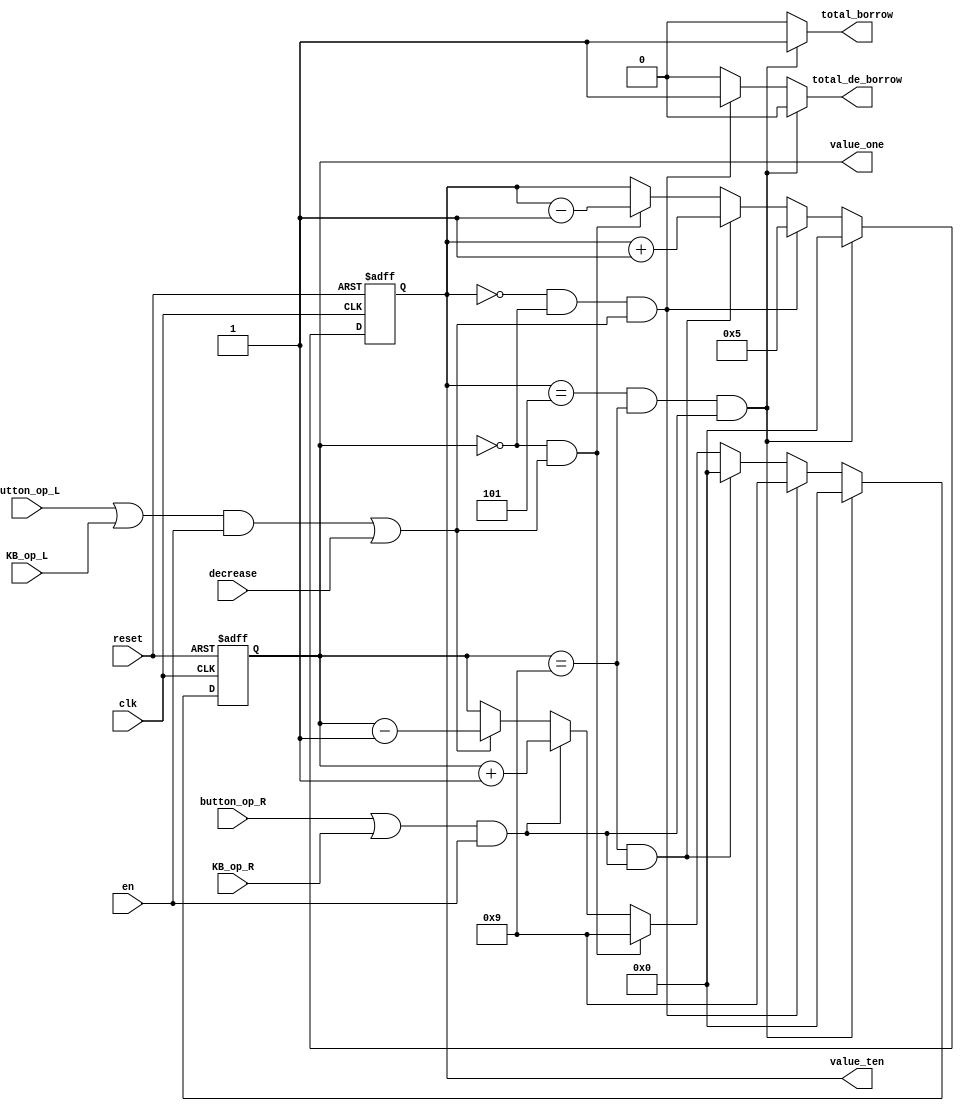
module reserve_min_counter(
    output [3:0] value_ten,
    output [3:0] value_one,
    output total_borrow, // e@[@
    output total_de_borrow, // e@@
    input en,
    input clk,
    input reset,
    input button_op_L,
    input button_op_R,
    input KB_op_L,
    input KB_op_R,
    input decrease
    );
    
// NLTPsTX        
wire add, sub;
assign add = (button_op_R | KB_op_R) & en;     // n en ~i
assign sub = ((button_op_L | KB_op_L) & en) | decrease;     // n en ~iAάObD stop ɭ decrease
    
reg [3:0] value_ten, value_ten_tmp;
reg [3:0] value_one, value_one_tmp;
reg total_borrow, total_de_borrow;

    always @(value_ten or value_one or add or sub)
    begin
        if (value_ten == 4'd5 && value_one == 4'd9 && add)     // Ywg 59 FASA[Ahi 
            begin
                value_ten_tmp = 4'd0;
                value_one_tmp = 4'd0;
                total_borrow = 1;
                total_de_borrow = 0;
            end
        else if (value_ten == 4'd0 && value_one == 4'd0 && sub)     // Ywg 00 FASAAhh 
            begin
                value_ten_tmp = 4'd5;
                value_one_tmp = 4'd9;
                total_borrow = 0;
                total_de_borrow = 1;
            end
        else if (value_one == 4'd9 && add)     
            begin
                value_ten_tmp =  value_ten + 4'd1;
                value_one_tmp = 4'd0;
                total_borrow = 0;
                total_de_borrow = 0;
            end
        else if (value_one == 4'd0 && sub)
            begin
                value_ten_tmp =  value_ten - 4'd1;
                value_one_tmp = 4'd9;
                total_borrow = 0;
                total_de_borrow = 0;
            end
        else if (add)     
            begin
                value_ten_tmp =  value_ten;
                value_one_tmp = value_one + 4'd1;
                total_borrow = 0;
                total_de_borrow = 0;
            end
        else if (sub)     
            begin
                value_ten_tmp =  value_ten;
                value_one_tmp = value_one - 4'd1;
                total_borrow = 0;
                total_de_borrow = 0;
            end
        else
            begin
                value_one_tmp = value_one;
                value_ten_tmp =  value_ten;
                total_borrow = 0;
                total_de_borrow = 0;
            end
    end

    always @(posedge clk or negedge reset)
    begin
        if(~reset)
            begin
                value_ten <= 4'd0;
                value_one <= 4'd0;
            end
        else
            begin
                value_one <= value_one_tmp;
                value_ten <= value_ten_tmp;
            end
    end
    
endmodule